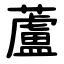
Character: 蘆